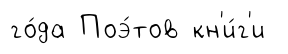
го́да Поэ́тов кн'и́г'и